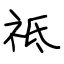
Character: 祗